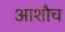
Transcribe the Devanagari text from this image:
आशौच